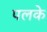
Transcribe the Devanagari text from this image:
पलके